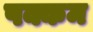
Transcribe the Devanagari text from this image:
पक्कम